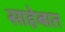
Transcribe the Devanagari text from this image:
साहेबात